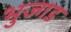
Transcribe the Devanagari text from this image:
भुज्गड